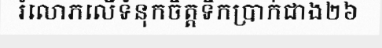
រំលោភលើទំនុកចិត្តទឹកប្រាក់ជាង២៦